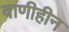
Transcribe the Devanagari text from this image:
वाणीहीन